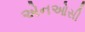
એનઓસી